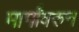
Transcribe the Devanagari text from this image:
मार्गांवरुन